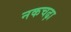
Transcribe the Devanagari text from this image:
नकचढ़ा